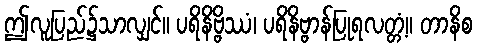
ဤလူပြည်၌သာလျှင်။ ပရိနိဗ္ဗိဿံ၊ ပရိနိဗ္ဗာန်ပြုရလတ္တံ့။ တာနိစ